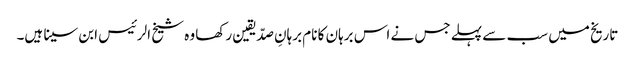
تاریخ میں سب سے پہلے جس نے اس برہان کا نام برہانِ صدّیقین رکھا وہ شیخ الرئیس ابن سینا ہیں۔